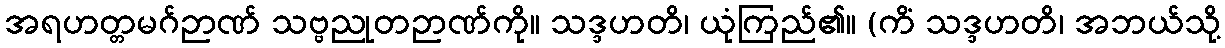
အရဟတ္တမဂ်ဉာဏ် သဗ္ဗညုတဉာဏ်ကို။ သဒ္ဒဟတိ၊ ယုံကြည်၏။ (ကိံ သဒ္ဒဟတိ၊ အဘယ်သို့